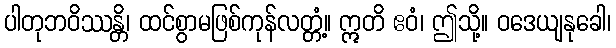
ပါတုဘဝိဿန္တိ၊ ထင်စွာမဖြစ်ကုန်လတ္တံ့။ ဣတိ ဧဝံ၊ ဤသို့။ ဝဒေယျနုခေါ၊